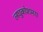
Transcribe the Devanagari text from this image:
लघुकोशमय